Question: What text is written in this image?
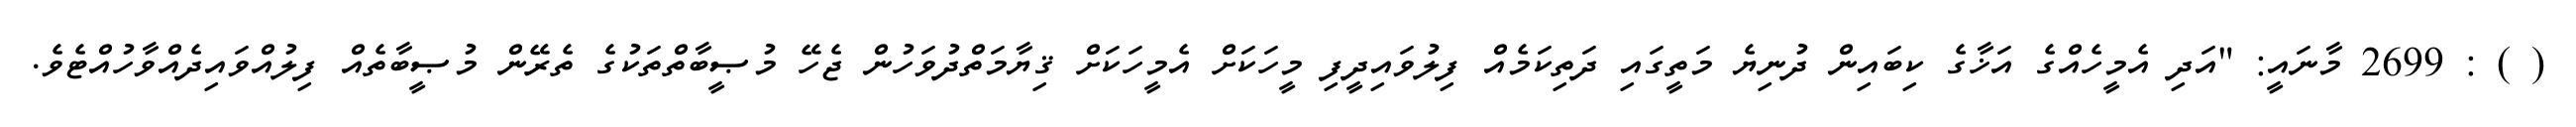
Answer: ( ) : 2699 މާނައީ: "އަދި އެމީހެއްގެ އަޚާގެ ކިބައިން ދުނިޔެ މަތީގައި ދަތިކަމެއް ފިލުވައިދީފި މީހަކަށް އެމީހަކަށް ޤިޔާމަތްދުވަހުން ޖެހޭ މުޞީބާތްތަކުގެ ތެރޭން މުޞީބާތެއް ފިލުއްވައިދެއްވާހުއްޓެވެ.